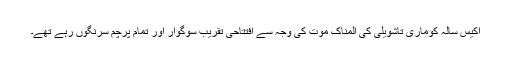
اکیس سالہ کوماری تاشویلی کی المناک موت کی وجہ سے افتتاحی تقریب سوگوار اور تمام پرچم سرنگوں رہے تھے۔